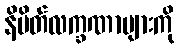
နိမိတ်လက္ခဏာများကို